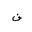
Letter: _fa